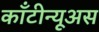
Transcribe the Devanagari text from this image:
काँटीन्यूअस